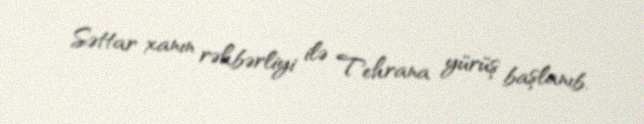
Səttar xanın rəhbərliyi ilə Tehrana yürüş başlanıb.